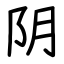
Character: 阴